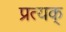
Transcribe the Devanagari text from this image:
प्रत्यक्